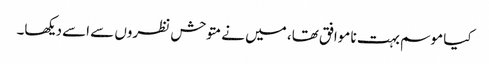
کیا موسم بہت نا موافق تھا، میں نے متوحش نظروں سے اسے دیکھا۔